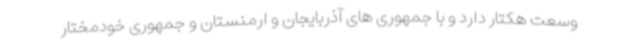
وسعت هکتار دارد و با جمهوری های آذربایجان و ارمنستان و جمهوری خودمختار